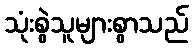
သုံးစွဲသူများစွာသည်